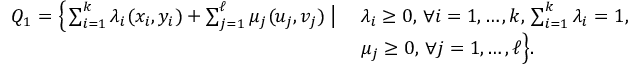
\begin{array} { r } { \begin{array} { l l } { Q _ { 1 } = \Big \{ \sum _ { i = 1 } ^ { k } \lambda _ { i } ( x _ { i } , y _ { i } ) + \sum _ { j = 1 } ^ { \ell } \mu _ { j } ( u _ { j } , v _ { j } ) \; \big | \; } & { \lambda _ { i } \geq 0 , \, \forall i = 1 , \ldots , k , \, \sum _ { i = 1 } ^ { k } \lambda _ { i } = 1 , } \\ & { \mu _ { j } \geq 0 , \, \forall j = 1 , \ldots , \ell \Big \} . } \end{array} } \end{array}